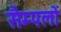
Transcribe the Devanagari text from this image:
सैम्पलों